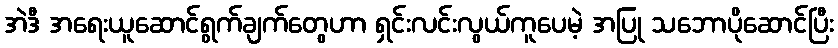
အဲဒီ အရေးယူဆောင်ရွက်ချက်တွေဟာ ရှင်းလင်းလွယ်ကူပေမဲ့ အပြု သဘောပိုဆောင်ပြီး